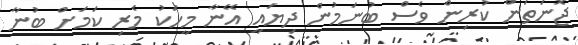
ޖޮނަތަން ކުރިން ވެސް ބުނަމުން ދިޔައީ އޭނާ މީހަކު މެރި ކަމަށް ބުނާ